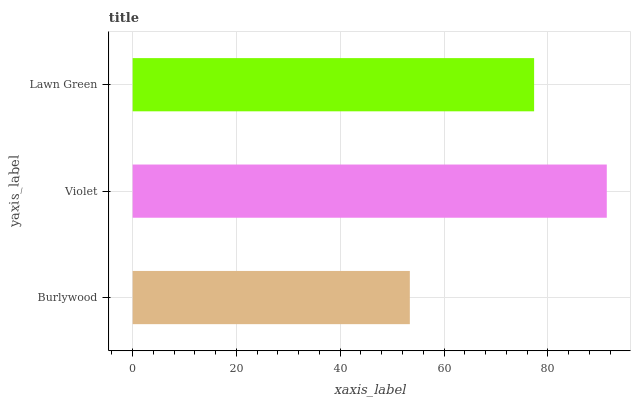
| yaxis_label | bars |
 | --- | --- |
 | Burlywood | 53.4 |
 | Violet | 91.4 |
 | Lawn Green | 77.4 |